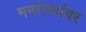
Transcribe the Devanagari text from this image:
मनांमनांवर